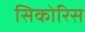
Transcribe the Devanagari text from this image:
सिकोरिस